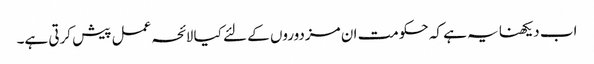
اب دیکھنا یہ ہے کہ حکومت ان مزدوروں کے لئے کیا لائحہ عمل پیش کرتی ہے۔